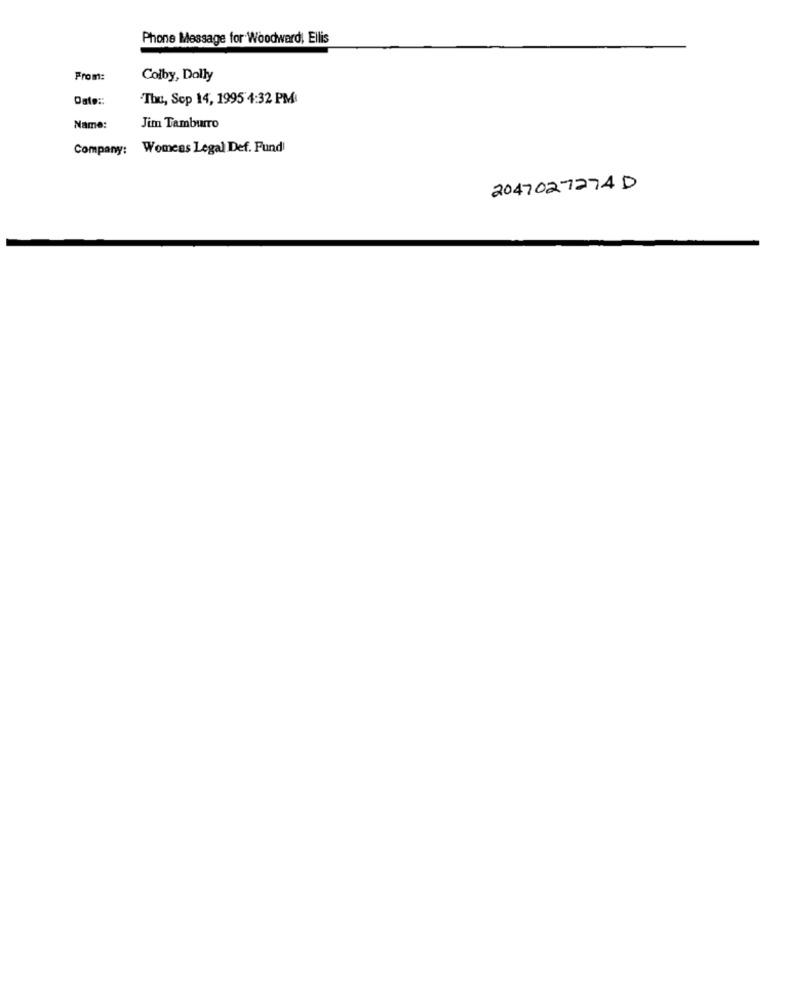
Phone Message for Woodward, Ellis
From:
Colby, Dolly
Date ::
Thu, Sep 14, 1995 4:32 PM
Name:
Jim Tamburro
Company: Womens Legal Def. Fund
2047027274 D